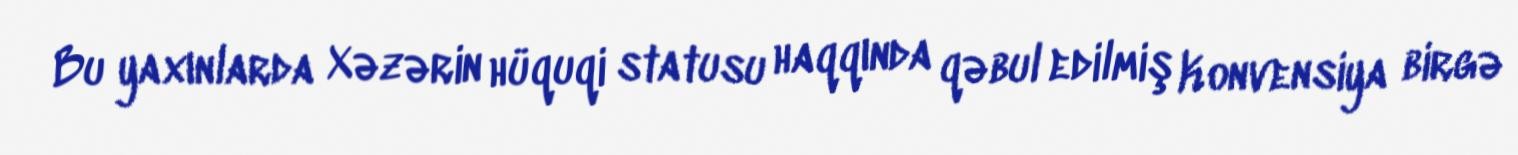
Bu yaxınlarda Xəzərin hüquqi statusu haqqında qəbul edilmiş Konvensiya birgə